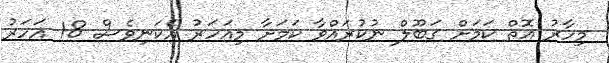
މިހާރު އޮތް ކަމަށް ގަބޫލް ނުކުރައްވާ ކަމަށާ މިއަހަރު އެކަނިވެސް 18 އަހަރު